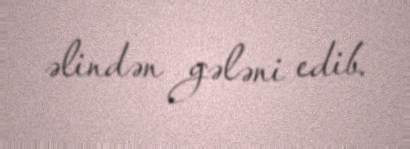
əlindən gələni edib.